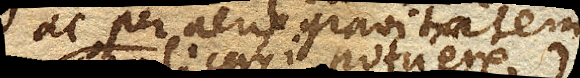
ac per aeris gravitatem